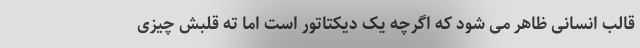
قالب انسانی ظاهر می شود که اگرچه یک دیکتاتور است اما ته قلبش چیزی